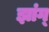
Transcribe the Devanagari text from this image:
झांग्